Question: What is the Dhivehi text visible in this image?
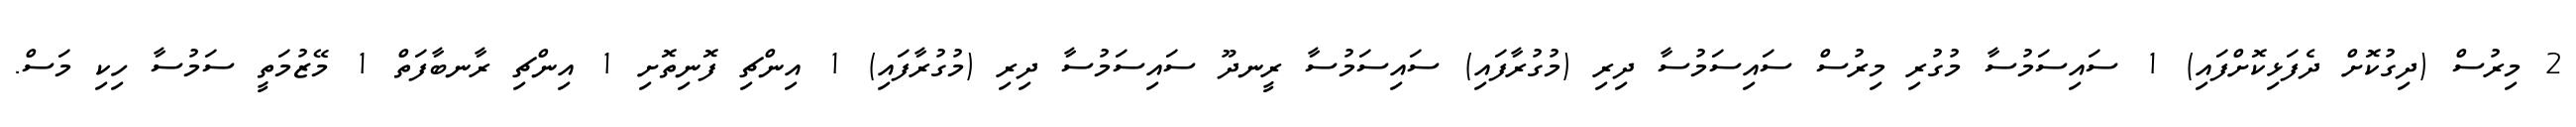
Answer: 2 މިރުސް (ދިގުކޮށް ދެފަޅިކޮށްފައި) 1 ސައިސަމުސާ މުގުރި މިރުސް ސައިސަމުސާ ދިރި (މުގުރާފައި) ސައިސަމުސާ ރީނދޫ ސައިސަމުސާ ދިރި (މުގުރާފައި) 1 އިންޗި ފޮނިތޮށި 1 އިންޗި ރާނބާފަތް 1 މޭޒުމަތީ ސަމުސާ ހިކި މަސް.